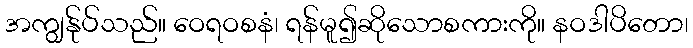
အကျွန်ုပ်သည်။ ဝေရဝစနံ၊ ရန်မူ၍ဆိုသောစကားကို။ နဝဒါပိတော၊